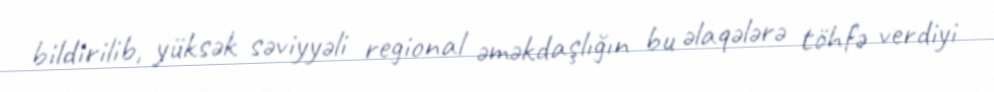
bildirilib, yüksək səviyyəli regional əməkdaşlığın bu əlaqələrə töhfə verdiyi